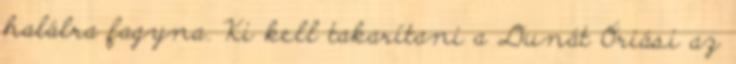
halálra fagyna. Ki kell takarítani a Dunát Óriási az